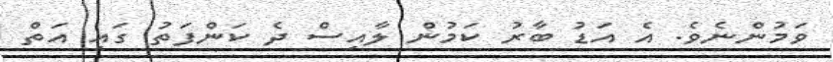
ވަމުންނެވެ. އެ އަޑު ބާރު ކަމުން ލާއިސް ދެ ކަންފަތު ގައި އަތް